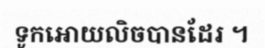
ទូកអោយលិចបានដែរ ។